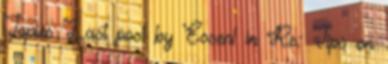
Topics Last post by Essen1 in Re: Tips on